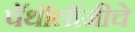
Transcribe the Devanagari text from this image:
पॅथॉलॉजीचे